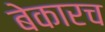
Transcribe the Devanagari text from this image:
बेकारच